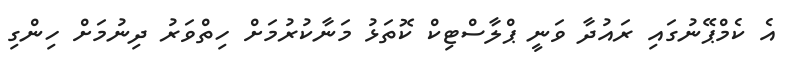
އެ ކެމްޕޭނުގައި ރައުދާ ވަނީ ޕްލާސްޓިކް ކޮތަޅު މަނާކުރުމަށް ހިތްވަރު ދިނުމަށް ހިންގި